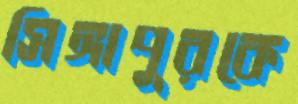
সিঙ্গাপুরকে